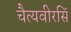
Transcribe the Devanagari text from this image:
चैत्यवीरसिं